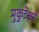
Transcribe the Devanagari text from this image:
मुकुटेश्वरी